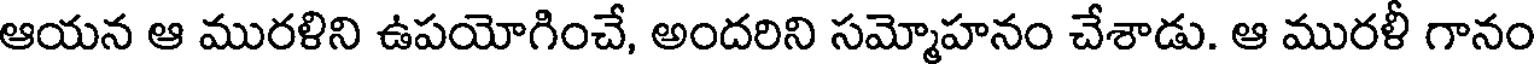
ఆయన ఆ మురళిని ఉపయోగించే, అందరిని సమ్మోహనం చేశాడు. ఆ మురళీ గానం